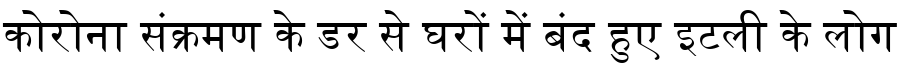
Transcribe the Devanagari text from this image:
कोरोना संक्रमण के डर से घरों में बंद हुए इटली के लोग